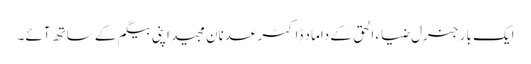
ایک بار جنرل ضیاء الحق کے داماد ڈاکٹر عدنان مجید اپنی بیگم کے ساتھ آئے۔